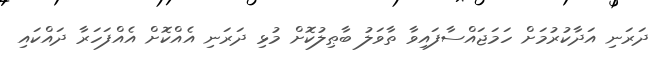
ދަރަނި އަދާކުރުމަށް ހަމަޖައްސާފައިވާ ތާވަލު ބާޠިލުކޮށް މުޅި ދަރަނި އެއްކޮށް އެއްފަހަރާ ދައްކައި